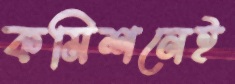
কমিশনেই